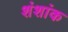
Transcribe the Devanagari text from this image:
शंशांक